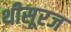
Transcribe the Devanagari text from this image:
थीसूरज